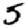
Digit: 5